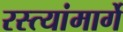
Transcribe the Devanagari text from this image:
रस्त्यांमार्गे